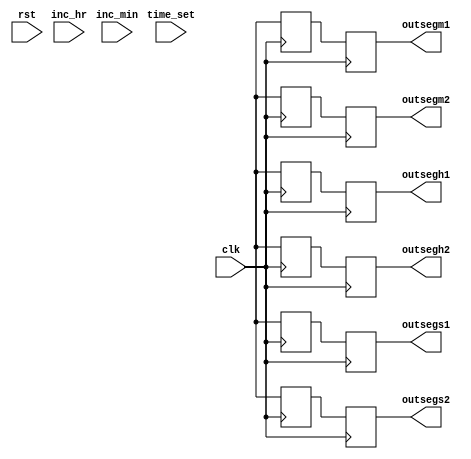
module Digital_Clock(

    input clk,

    input time_set,

    input inc_hr,

    input inc_min,

    input rst,

    output reg [6:0] outsegh1,outsegh2,

    output reg [6:0] outsegm1,outsegm2,

    output reg [6:0] outsegs1,outsegs2

    );

  

parameter zero=0;

parameter one=1;  

reg [26:0]cnt=0;

reg clk_1hz=0;

reg [5:0] outh,outm,outs;

reg [3:0] hr1,hr2,min1,min2,sec1,sec2;

 

always@(posedge clk)

begin

    if(cnt==24999999)

    begin

        clk_1hz<=~clk_1hz;

        cnt<=zero;

    end

   else  

    cnt<=cnt+1;

end

 

 

always@(posedge clk_1hz,posedge rst)

begin

    if(rst==1)

    begin

        outh<=zero;

        outm<=zero;

        outs<=zero;

    end

  

else

begin

    if(time_set==0)

    begin

            if(outs!=6'd59)

            begin

                outs<=outs+1;

            end

          

            if(outs==6'd59)

            begin

                outs<=zero;

                outm<=outm+1;

            end

          

            if(outm==6'd59)

            begin

                outm<=zero;

                outh<=outh+1;

            end

 

            if(outh==6'd23)

            outh<=zero;

    end

  

   else if(time_set==1)

    begin

            if(inc_hr==1)

            begin

                if(outh==6'd23)

                outh<=zero;

                else

                outh<=outh+1;

            end

 

            if(inc_min==1)

            begin

                if(outm==6'd59)

                outm<=zero;

                else

                outm<=outm+1;

         end

     end

  end

end

 

always@(posedge clk)

begin

    bcd1 (outh,hr2,hr1);

    bcd27seg1 (hr1,outsegh1);

    bcd27seg2 (hr2,outsegh2);

end

 

 

always@(posedge clk)

begin

    bcd2 (outm,min2,min1);

    bcd27seg3 (min1,outsegm1);

    bcd27seg4 (min2,outsegm2);

end

 

 

always@(posedge clk)

begin

    bcd3 (outs,sec2,sec1);

    bcd27seg5 (sec1,outsegs1);

    bcd27seg6 (sec2,outsegs2);

end

 

 

task bcd1;

input [5:0] bin;

output [3:0] bcd1;

output [3:0] bcd0;

 

 

  case (bin)

     6'd0 : begin bcd1 <= 4'b0000; bcd0 <= 4'b0000; end

     6'd1 : begin bcd1 <= 4'b0000; bcd0 <= 4'b0001; end

     6'd2 : begin bcd1 <= 4'b0000; bcd0 <= 4'b0010; end

     6'd3 : begin bcd1 <= 4'b0000; bcd0 <= 4'b0011; end

     6'd4 : begin bcd1 <= 4'b0000; bcd0 <= 4'b0100; end

     6'd5 : begin bcd1 <= 4'b0000; bcd0 <= 4'b0101; end

     6'd6 : begin bcd1 <= 4'b0000; bcd0 <= 4'b0110; end

     6'd7 : begin bcd1 <= 4'b0000; bcd0 <= 4'b0111; end

     6'd8 : begin bcd1 <= 4'b0000; bcd0 <= 4'b1000; end

     6'd9 : begin bcd1 <= 4'b0000; bcd0 <= 4'b1001; end

    6'd10 : begin bcd1 <= 4'b0001; bcd0 <= 4'b0000; end

    6'd11 : begin bcd1 <= 4'b0001; bcd0 <= 4'b0001; end

    6'd12 : begin bcd1 <= 4'b0001; bcd0 <= 4'b0010; end

    6'd13 : begin bcd1 <= 4'b0001; bcd0 <= 4'b0011; end

    6'd14 : begin bcd1 <= 4'b0001; bcd0 <= 4'b0100; end

    6'd15 : begin bcd1 <= 4'b0001; bcd0 <= 4'b0101; end

    6'd16 : begin bcd1 <= 4'b0001; bcd0 <= 4'b0110; end

    6'd17 : begin bcd1 <= 4'b0001; bcd0 <= 4'b0111; end

    6'd18 : begin bcd1 <= 4'b0001; bcd0 <= 4'b1000; end

    6'd19 : begin bcd1 <= 4'b0001; bcd0 <= 4'b1001; end

    6'd20 : begin bcd1 <= 4'b0010; bcd0 <= 4'b0000; end

    6'd21 : begin bcd1 <= 4'b0010; bcd0 <= 4'b0001; end

    6'd22 : begin bcd1 <= 4'b0010; bcd0 <= 4'b0010; end

    6'd23 : begin bcd1 <= 4'b0010; bcd0 <= 4'b0011; end

    6'd24 : begin bcd1 <= 4'b0010; bcd0 <= 4'b0100; end

    6'd25 : begin bcd1 <= 4'b0010; bcd0 <= 4'b0101; end

    6'd26 : begin bcd1 <= 4'b0010; bcd0 <= 4'b0110; end

    6'd27 : begin bcd1 <= 4'b0010; bcd0 <= 4'b0111; end

    6'd28 : begin bcd1 <= 4'b0010; bcd0 <= 4'b1000; end

    6'd29 : begin bcd1 <= 4'b0010; bcd0 <= 4'b1001; end

    6'd30 : begin bcd1 <= 4'b0011; bcd0 <= 4'b0000; end

    6'd31 : begin bcd1 <= 4'b0011; bcd0 <= 4'b0001; end

    6'd32 : begin bcd1 <= 4'b0011; bcd0 <= 4'b0010; end

    6'd33 : begin bcd1 <= 4'b0011; bcd0 <= 4'b0011; end

    6'd34 : begin bcd1 <= 4'b0011; bcd0 <= 4'b0100; end

    6'd35 : begin bcd1 <= 4'b0011; bcd0 <= 4'b0101; end

    6'd36 : begin bcd1 <= 4'b0011; bcd0 <= 4'b0110; end

    6'd37 : begin bcd1 <= 4'b0011; bcd0 <= 4'b0111; end

    6'd38 : begin bcd1 <= 4'b0011; bcd0 <= 4'b1000; end

    6'd39 : begin bcd1 <= 4'b0011; bcd0 <= 4'b1001; end

    6'd40 : begin bcd1 <= 4'b0100; bcd0 <= 4'b0000; end

    6'd41 : begin bcd1 <= 4'b0100; bcd0 <= 4'b0001; end

    6'd42 : begin bcd1 <= 4'b0100; bcd0 <= 4'b0010; end

    6'd43 : begin bcd1 <= 4'b0100; bcd0 <= 4'b0011; end

    6'd44 : begin bcd1 <= 4'b0100; bcd0 <= 4'b0100; end

    6'd45 : begin bcd1 <= 4'b0100; bcd0 <= 4'b0101; end

    6'd46 : begin bcd1 <= 4'b0100; bcd0 <= 4'b0110; end

    6'd47 : begin bcd1 <= 4'b0100; bcd0 <= 4'b0111; end

    6'd48 : begin bcd1 <= 4'b0100; bcd0 <= 4'b1000; end

    6'd49 : begin bcd1 <= 4'b0100; bcd0 <= 4'b1001; end

    6'd50 : begin bcd1 <= 4'b0101; bcd0 <= 4'b0000; end

    6'd51 : begin bcd1 <= 4'b0101; bcd0 <= 4'b0001; end

    6'd52 : begin bcd1 <= 4'b0101; bcd0 <= 4'b0010; end

    6'd53 : begin bcd1 <= 4'b0101; bcd0 <= 4'b0011; end

    6'd54 : begin bcd1 <= 4'b0101; bcd0 <= 4'b0100; end

    6'd55 : begin bcd1 <= 4'b0101; bcd0 <= 4'b0101; end

    6'd56 : begin bcd1 <= 4'b0101; bcd0 <= 4'b0110; end

    6'd57 : begin bcd1 <= 4'b0101; bcd0 <= 4'b0111; end

    6'd58 : begin bcd1 <= 4'b0101; bcd0 <= 4'b1000; end

    6'd59 : begin bcd1 <= 4'b0101; bcd0 <= 4'b1001; end

    6'd60 : begin bcd1 <= 4'b0110; bcd0 <= 4'b0000; end

  

    endcase

 

  endtask

 

 

  task bcd27seg1;

  input [3:0] bcd;

  output [6:0] seg7;

 

      case(bcd)

          
          5'h00: seg7 <= 7'b1000000;

        5'h01: seg7 <= 7'b1111001;  

        5'h02: seg7 <= 7'b0100100;  

        5'h03: seg7 <= 7'b0110000;   

        5'h04: seg7 <= 7'b0011001;

        5'h05: seg7 <= 7'b0010010; 

        5'h06: seg7 <= 7'b0000010;   

        5'h07: seg7 <= 7'b1111000;  

        5'h08: seg7 <= 7'b00000000;

        5'h09: seg7 <= 7'b0010000; 
      

      endcase

    endtask

  

  

  task bcd27seg2;

  input [3:0] bcd;

  output [6:0] seg7;

 

      case(bcd)

          
          5'h00: seg7 <= 7'b1000000;

        5'h01: seg7 <= 7'b1111001;  

        5'h02: seg7 <= 7'b0100100;  

        5'h03: seg7 <= 7'b0110000;   

        5'h04: seg7 <= 7'b0011001;

        5'h05: seg7 <= 7'b0010010; 

        5'h06: seg7 <= 7'b0000010;   

        5'h07: seg7 <= 7'b1111000;  

        5'h08: seg7 <= 7'b00000000;

        5'h09: seg7 <= 7'b0010000;   

      

      endcase

    endtask

 

task bcd2;

input [5:0] bin;

output [3:0] bcd1;

output [3:0] bcd0;

case (bin)
     6'd0 : begin bcd1 <= 4'b0000; bcd0 <= 4'b0000; end
     6'd1 : begin bcd1 <= 4'b0000; bcd0 <= 4'b0001; end
     6'd2 : begin bcd1 <= 4'b0000; bcd0 <= 4'b0010; end
     6'd3 : begin bcd1 <= 4'b0000; bcd0 <= 4'b0011; end
     6'd4 : begin bcd1 <= 4'b0000; bcd0 <= 4'b0100; end
     6'd5 : begin bcd1 <= 4'b0000; bcd0 <= 4'b0101; end
     6'd6 : begin bcd1 <= 4'b0000; bcd0 <= 4'b0110; end
     6'd7 : begin bcd1 <= 4'b0000; bcd0 <= 4'b0111; end
     6'd8 : begin bcd1 <= 4'b0000; bcd0 <= 4'b1000; end
     6'd9 : begin bcd1 <= 4'b0000; bcd0 <= 4'b1001; end
    6'd10 : begin bcd1 <= 4'b0001; bcd0 <= 4'b0000; end
    6'd11 : begin bcd1 <= 4'b0001; bcd0 <= 4'b0001; end
    6'd12 : begin bcd1 <= 4'b0001; bcd0 <= 4'b0010; end
    6'd13 : begin bcd1 <= 4'b0001; bcd0 <= 4'b0011; end
    6'd14 : begin bcd1 <= 4'b0001; bcd0 <= 4'b0100; end
    6'd15 : begin bcd1 <= 4'b0001; bcd0 <= 4'b0101; end
    6'd16 : begin bcd1 <= 4'b0001; bcd0 <= 4'b0110; end
    6'd17 : begin bcd1 <= 4'b0001; bcd0 <= 4'b0111; end
    6'd18 : begin bcd1 <= 4'b0001; bcd0 <= 4'b1000; end
    6'd19 : begin bcd1 <= 4'b0001; bcd0 <= 4'b1001; end
    6'd20 : begin bcd1 <= 4'b0010; bcd0 <= 4'b0000; end
    6'd21 : begin bcd1 <= 4'b0010; bcd0 <= 4'b0001; end
    6'd22 : begin bcd1 <= 4'b0010; bcd0 <= 4'b0010; end
    6'd23 : begin bcd1 <= 4'b0010; bcd0 <= 4'b0011; end
    6'd24 : begin bcd1 <= 4'b0010; bcd0 <= 4'b0100; end
    6'd25 : begin bcd1 <= 4'b0010; bcd0 <= 4'b0101; end
    6'd26 : begin bcd1 <= 4'b0010; bcd0 <= 4'b0110; end
    6'd27 : begin bcd1 <= 4'b0010; bcd0 <= 4'b0111; end
    6'd28 : begin bcd1 <= 4'b0010; bcd0 <= 4'b1000; end
    6'd29 : begin bcd1 <= 4'b0010; bcd0 <= 4'b1001; end
    6'd30 : begin bcd1 <= 4'b0011; bcd0 <= 4'b0000; end
    6'd31 : begin bcd1 <= 4'b0011; bcd0 <= 4'b0001; end
    6'd32 : begin bcd1 <= 4'b0011; bcd0 <= 4'b0010; end
    6'd33 : begin bcd1 <= 4'b0011; bcd0 <= 4'b0011; end
    6'd34 : begin bcd1 <= 4'b0011; bcd0 <= 4'b0100; end
    6'd35 : begin bcd1 <= 4'b0011; bcd0 <= 4'b0101; end
    6'd36 : begin bcd1 <= 4'b0011; bcd0 <= 4'b0110; end
    6'd37 : begin bcd1 <= 4'b0011; bcd0 <= 4'b0111; end
    6'd38 : begin bcd1 <= 4'b0011; bcd0 <= 4'b1000; end
    6'd39 : begin bcd1 <= 4'b0011; bcd0 <= 4'b1001; end
    6'd40 : begin bcd1 <= 4'b0100; bcd0 <= 4'b0000; end
    6'd41 : begin bcd1 <= 4'b0100; bcd0 <= 4'b0001; end
    6'd42 : begin bcd1 <= 4'b0100; bcd0 <= 4'b0010; end
    6'd43 : begin bcd1 <= 4'b0100; bcd0 <= 4'b0011; end
    6'd44 : begin bcd1 <= 4'b0100; bcd0 <= 4'b0100; end
    6'd45 : begin bcd1 <= 4'b0100; bcd0 <= 4'b0101; end
    6'd46 : begin bcd1 <= 4'b0100; bcd0 <= 4'b0110; end
    6'd47 : begin bcd1 <= 4'b0100; bcd0 <= 4'b0111; end
    6'd48 : begin bcd1 <= 4'b0100; bcd0 <= 4'b1000; end
    6'd49 : begin bcd1 <= 4'b0100; bcd0 <= 4'b1001; end
    6'd50 : begin bcd1 <= 4'b0101; bcd0 <= 4'b0000; end
    6'd51 : begin bcd1 <= 4'b0101; bcd0 <= 4'b0001; end
    6'd52 : begin bcd1 <= 4'b0101; bcd0 <= 4'b0010; end
    6'd53 : begin bcd1 <= 4'b0101; bcd0 <= 4'b0011; end
    6'd54 : begin bcd1 <= 4'b0101; bcd0 <= 4'b0100; end
    6'd55 : begin bcd1 <= 4'b0101; bcd0 <= 4'b0101; end
    6'd56 : begin bcd1 <= 4'b0101; bcd0 <= 4'b0110; end
    6'd57 : begin bcd1 <= 4'b0101; bcd0 <= 4'b0111; end
    6'd58 : begin bcd1 <= 4'b0101; bcd0 <= 4'b1000; end
    6'd59 : begin bcd1 <= 4'b0101; bcd0 <= 4'b1001; end
    6'd60 : begin bcd1 <= 4'b0110; bcd0 <= 4'b0000; end
   
    endcase
endtask
 
 
  task bcd27seg3;
  input [3:0] bcd;
  output [6:0] seg7;
 
      case(bcd)
          
          5'h00: seg7 <= 7'b1000000;

        5'h01: seg7 <= 7'b1111001;  

        5'h02: seg7 <= 7'b0100100;  

        5'h03: seg7 <= 7'b0110000;   

        5'h04: seg7 <= 7'b0011001;

        5'h05: seg7 <= 7'b0010010; 

        5'h06: seg7 <= 7'b0000010;   

        5'h07: seg7 <= 7'b1111000;  

        5'h08: seg7 <= 7'b00000000;

        5'h09: seg7 <= 7'b0010000;   
       
      endcase
    endtask
   
   
  task bcd27seg4;
  input [3:0] bcd;
  output [6:0] seg7;
 
      case(bcd)
          5'h00: seg7 <= 7'b1000000;

        5'h01: seg7 <= 7'b1111001;  

        5'h02: seg7 <= 7'b0100100;  

        5'h03: seg7 <= 7'b0110000;   

        5'h04: seg7 <= 7'b0011001;

        5'h05: seg7 <= 7'b0010010; 

        5'h06: seg7 <= 7'b0000010;   

        5'h07: seg7 <= 7'b1111000;  

        5'h08: seg7 <= 7'b00000000;

        5'h09: seg7 <= 7'b0010000; 
       
      endcase
    endtask
   
   
task bcd3;
input [5:0] bin;
output [3:0] bcd1;
output [3:0] bcd0;
 
  case (bin)
     6'd0 : begin bcd1 <= 4'b0000; bcd0 <= 4'b0000; end
     6'd1 : begin bcd1 <= 4'b0000; bcd0 <= 4'b0001; end
     6'd2 : begin bcd1 <= 4'b0000; bcd0 <= 4'b0010; end
     6'd3 : begin bcd1 <= 4'b0000; bcd0 <= 4'b0011; end
     6'd4 : begin bcd1 <= 4'b0000; bcd0 <= 4'b0100; end
     6'd5 : begin bcd1 <= 4'b0000; bcd0 <= 4'b0101; end
     6'd6 : begin bcd1 <= 4'b0000; bcd0 <= 4'b0110; end
     6'd7 : begin bcd1 <= 4'b0000; bcd0 <= 4'b0111; end
     6'd8 : begin bcd1 <= 4'b0000; bcd0 <= 4'b1000; end
     6'd9 : begin bcd1 <= 4'b0000; bcd0 <= 4'b1001; end
    6'd10 : begin bcd1 <= 4'b0001; bcd0 <= 4'b0000; end
    6'd11 : begin bcd1 <= 4'b0001; bcd0 <= 4'b0001; end
    6'd12 : begin bcd1 <= 4'b0001; bcd0 <= 4'b0010; end
    6'd13 : begin bcd1 <= 4'b0001; bcd0 <= 4'b0011; end
    6'd14 : begin bcd1 <= 4'b0001; bcd0 <= 4'b0100; end
    6'd15 : begin bcd1 <= 4'b0001; bcd0 <= 4'b0101; end
    6'd16 : begin bcd1 <= 4'b0001; bcd0 <= 4'b0110; end
    6'd17 : begin bcd1 <= 4'b0001; bcd0 <= 4'b0111; end
    6'd18 : begin bcd1 <= 4'b0001; bcd0 <= 4'b1000; end
    6'd19 : begin bcd1 <= 4'b0001; bcd0 <= 4'b1001; end
    6'd20 : begin bcd1 <= 4'b0010; bcd0 <= 4'b0000; end
    6'd21 : begin bcd1 <= 4'b0010; bcd0 <= 4'b0001; end
    6'd22 : begin bcd1 <= 4'b0010; bcd0 <= 4'b0010; end
    6'd23 : begin bcd1 <= 4'b0010; bcd0 <= 4'b0011; end
    6'd24 : begin bcd1 <= 4'b0010; bcd0 <= 4'b0100; end
    6'd25 : begin bcd1 <= 4'b0010; bcd0 <= 4'b0101; end
    6'd26 : begin bcd1 <= 4'b0010; bcd0 <= 4'b0110; end
    6'd27 : begin bcd1 <= 4'b0010; bcd0 <= 4'b0111; end
    6'd28 : begin bcd1 <= 4'b0010; bcd0 <= 4'b1000; end
    6'd29 : begin bcd1 <= 4'b0010; bcd0 <= 4'b1001; end
    6'd30 : begin bcd1 <= 4'b0011; bcd0 <= 4'b0000; end
    6'd31 : begin bcd1 <= 4'b0011; bcd0 <= 4'b0001; end
    6'd32 : begin bcd1 <= 4'b0011; bcd0 <= 4'b0010; end
    6'd33 : begin bcd1 <= 4'b0011; bcd0 <= 4'b0011; end
    6'd34 : begin bcd1 <= 4'b0011; bcd0 <= 4'b0100; end
    6'd35 : begin bcd1 <= 4'b0011; bcd0 <= 4'b0101; end
    6'd36 : begin bcd1 <= 4'b0011; bcd0 <= 4'b0110; end
    6'd37 : begin bcd1 <= 4'b0011; bcd0 <= 4'b0111; end
    6'd38 : begin bcd1 <= 4'b0011; bcd0 <= 4'b1000; end
    6'd39 : begin bcd1 <= 4'b0011; bcd0 <= 4'b1001; end
    6'd40 : begin bcd1 <= 4'b0100; bcd0 <= 4'b0000; end
    6'd41 : begin bcd1 <= 4'b0100; bcd0 <= 4'b0001; end
    6'd42 : begin bcd1 <= 4'b0100; bcd0 <= 4'b0010; end
    6'd43 : begin bcd1 <= 4'b0100; bcd0 <= 4'b0011; end
    6'd44 : begin bcd1 <= 4'b0100; bcd0 <= 4'b0100; end
    6'd45 : begin bcd1 <= 4'b0100; bcd0 <= 4'b0101; end
    6'd46 : begin bcd1 <= 4'b0100; bcd0 <= 4'b0110; end
    6'd47 : begin bcd1 <= 4'b0100; bcd0 <= 4'b0111; end
    6'd48 : begin bcd1 <= 4'b0100; bcd0 <= 4'b1000; end
    6'd49 : begin bcd1 <= 4'b0100; bcd0 <= 4'b1001; end
    6'd50 : begin bcd1 <= 4'b0101; bcd0 <= 4'b0000; end
    6'd51 : begin bcd1 <= 4'b0101; bcd0 <= 4'b0001; end
    6'd52 : begin bcd1 <= 4'b0101; bcd0 <= 4'b0010; end
    6'd53 : begin bcd1 <= 4'b0101; bcd0 <= 4'b0011; end
    6'd54 : begin bcd1 <= 4'b0101; bcd0 <= 4'b0100; end
    6'd55 : begin bcd1 <= 4'b0101; bcd0 <= 4'b0101; end
    6'd56 : begin bcd1 <= 4'b0101; bcd0 <= 4'b0110; end
    6'd57 : begin bcd1 <= 4'b0101; bcd0 <= 4'b0111; end
    6'd58 : begin bcd1 <= 4'b0101; bcd0 <= 4'b1000; end
    6'd59 : begin bcd1 <= 4'b0101; bcd0 <= 4'b1001; end
    6'd60 : begin bcd1 <= 4'b0110; bcd0 <= 4'b0000; end
   
    endcase
 
  endtask
 
  task bcd27seg5;
  input [3:0] bcd;
  output [6:0] seg7;
 
      case(bcd)
         
          5'h00: seg7 <= 7'b1000000;

        5'h01: seg7 <= 7'b1111001;  

        5'h02: seg7 <= 7'b0100100;  

        5'h03: seg7 <= 7'b0110000;   

        5'h04: seg7 <= 7'b0011001;

        5'h05: seg7 <= 7'b0010010; 

        5'h06: seg7 <= 7'b0000010;   

        5'h07: seg7 <= 7'b1111000;  

        5'h08: seg7 <= 7'b00000000;

        5'h09: seg7 <= 7'b0010000;  
        endcase
    endtask
   
  task bcd27seg6;
  input [3:0] bcd;
  output [6:0] seg7;
 
      case(bcd)
          
          5'h00: seg7 <= 7'b1000000;

        5'h01: seg7 <= 7'b1111001;  

        5'h02: seg7 <= 7'b0100100;  

        5'h03: seg7 <= 7'b0110000;   

        5'h04: seg7 <= 7'b0011001;

        5'h05: seg7 <= 7'b0010010; 

        5'h06: seg7 <= 7'b0000010;   

        5'h07: seg7 <= 7'b1111000;  

        5'h08: seg7 <= 7'b00000000;

        5'h09: seg7 <= 7'b0010000; 
     
      endcase
    endtask
 
endmodule